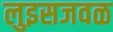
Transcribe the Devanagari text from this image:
लुइसजवळ